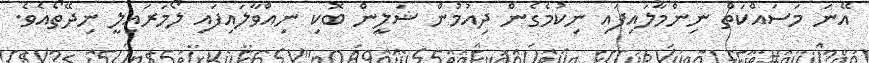
އޭނަ މަސައްކަތް ނިންމާލައިފައި ނިކުމެގެން ދިއުމުން ޝަލީން ބޮކި ނިއްވާލައިފައި ލޯމަރައިލީ ނިދޭތޯއެވެ.